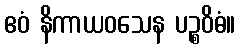
ဧဝံ နိကာယဝသေန ပဉ္စဝိဓံ။